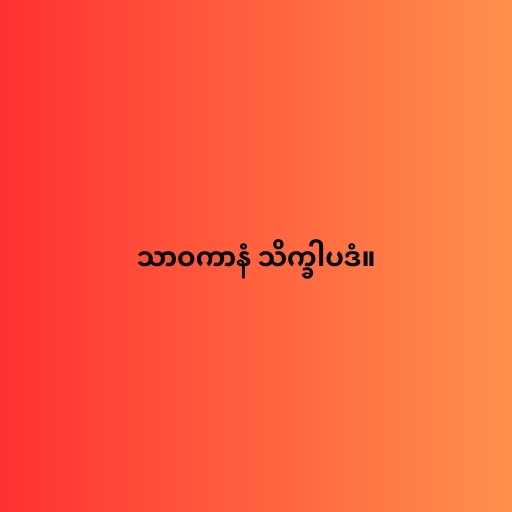
သာဝကာနံ သိက္ခါပဒံ။